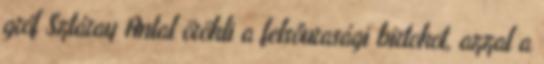
gróf Sztáray Antal örökli a felsőurasági birtokot, azzal a